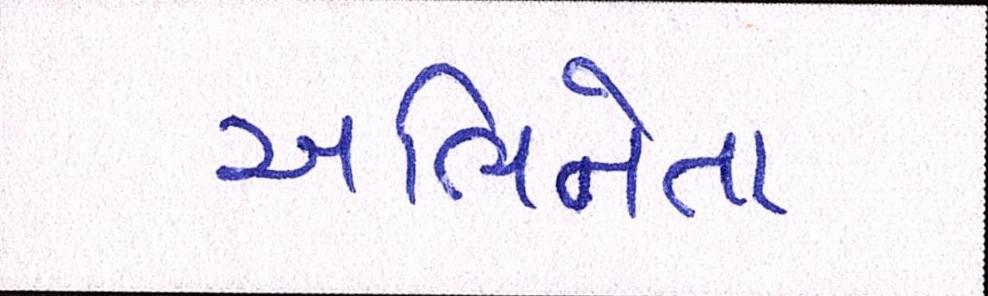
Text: અભિનેતા